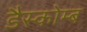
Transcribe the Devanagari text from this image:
डैस्कोम्ब